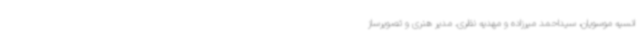
انسیه موسویان، سیداحمد میرزاده و مهدیه نظری. مدیر هنری و تصویرساز